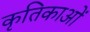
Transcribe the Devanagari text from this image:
कृतिकाओं